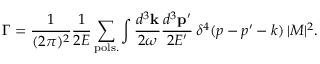
\Gamma = \frac { 1 } { ( 2 \pi ) ^ { 2 } } \frac { 1 } { 2 E } \sum _ { \mathrm { p o l s . } } \int \frac { d ^ { 3 } { \bf k } } { 2 \omega } \frac { d ^ { 3 } { \bf p } ^ { \prime } } { 2 E ^ { \prime } } \, \delta ^ { 4 } ( p - p ^ { \prime } - k ) \, | { \cal M } | ^ { 2 } .